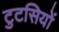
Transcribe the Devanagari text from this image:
टुटसियों